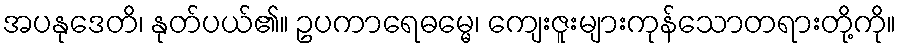
အပနုဒေတိ၊ နုတ်ပယ်၏။ ဥပကာရေဓမ္မေ၊ ကျေးဇူးများကုန်သောတရားတို့ကို။